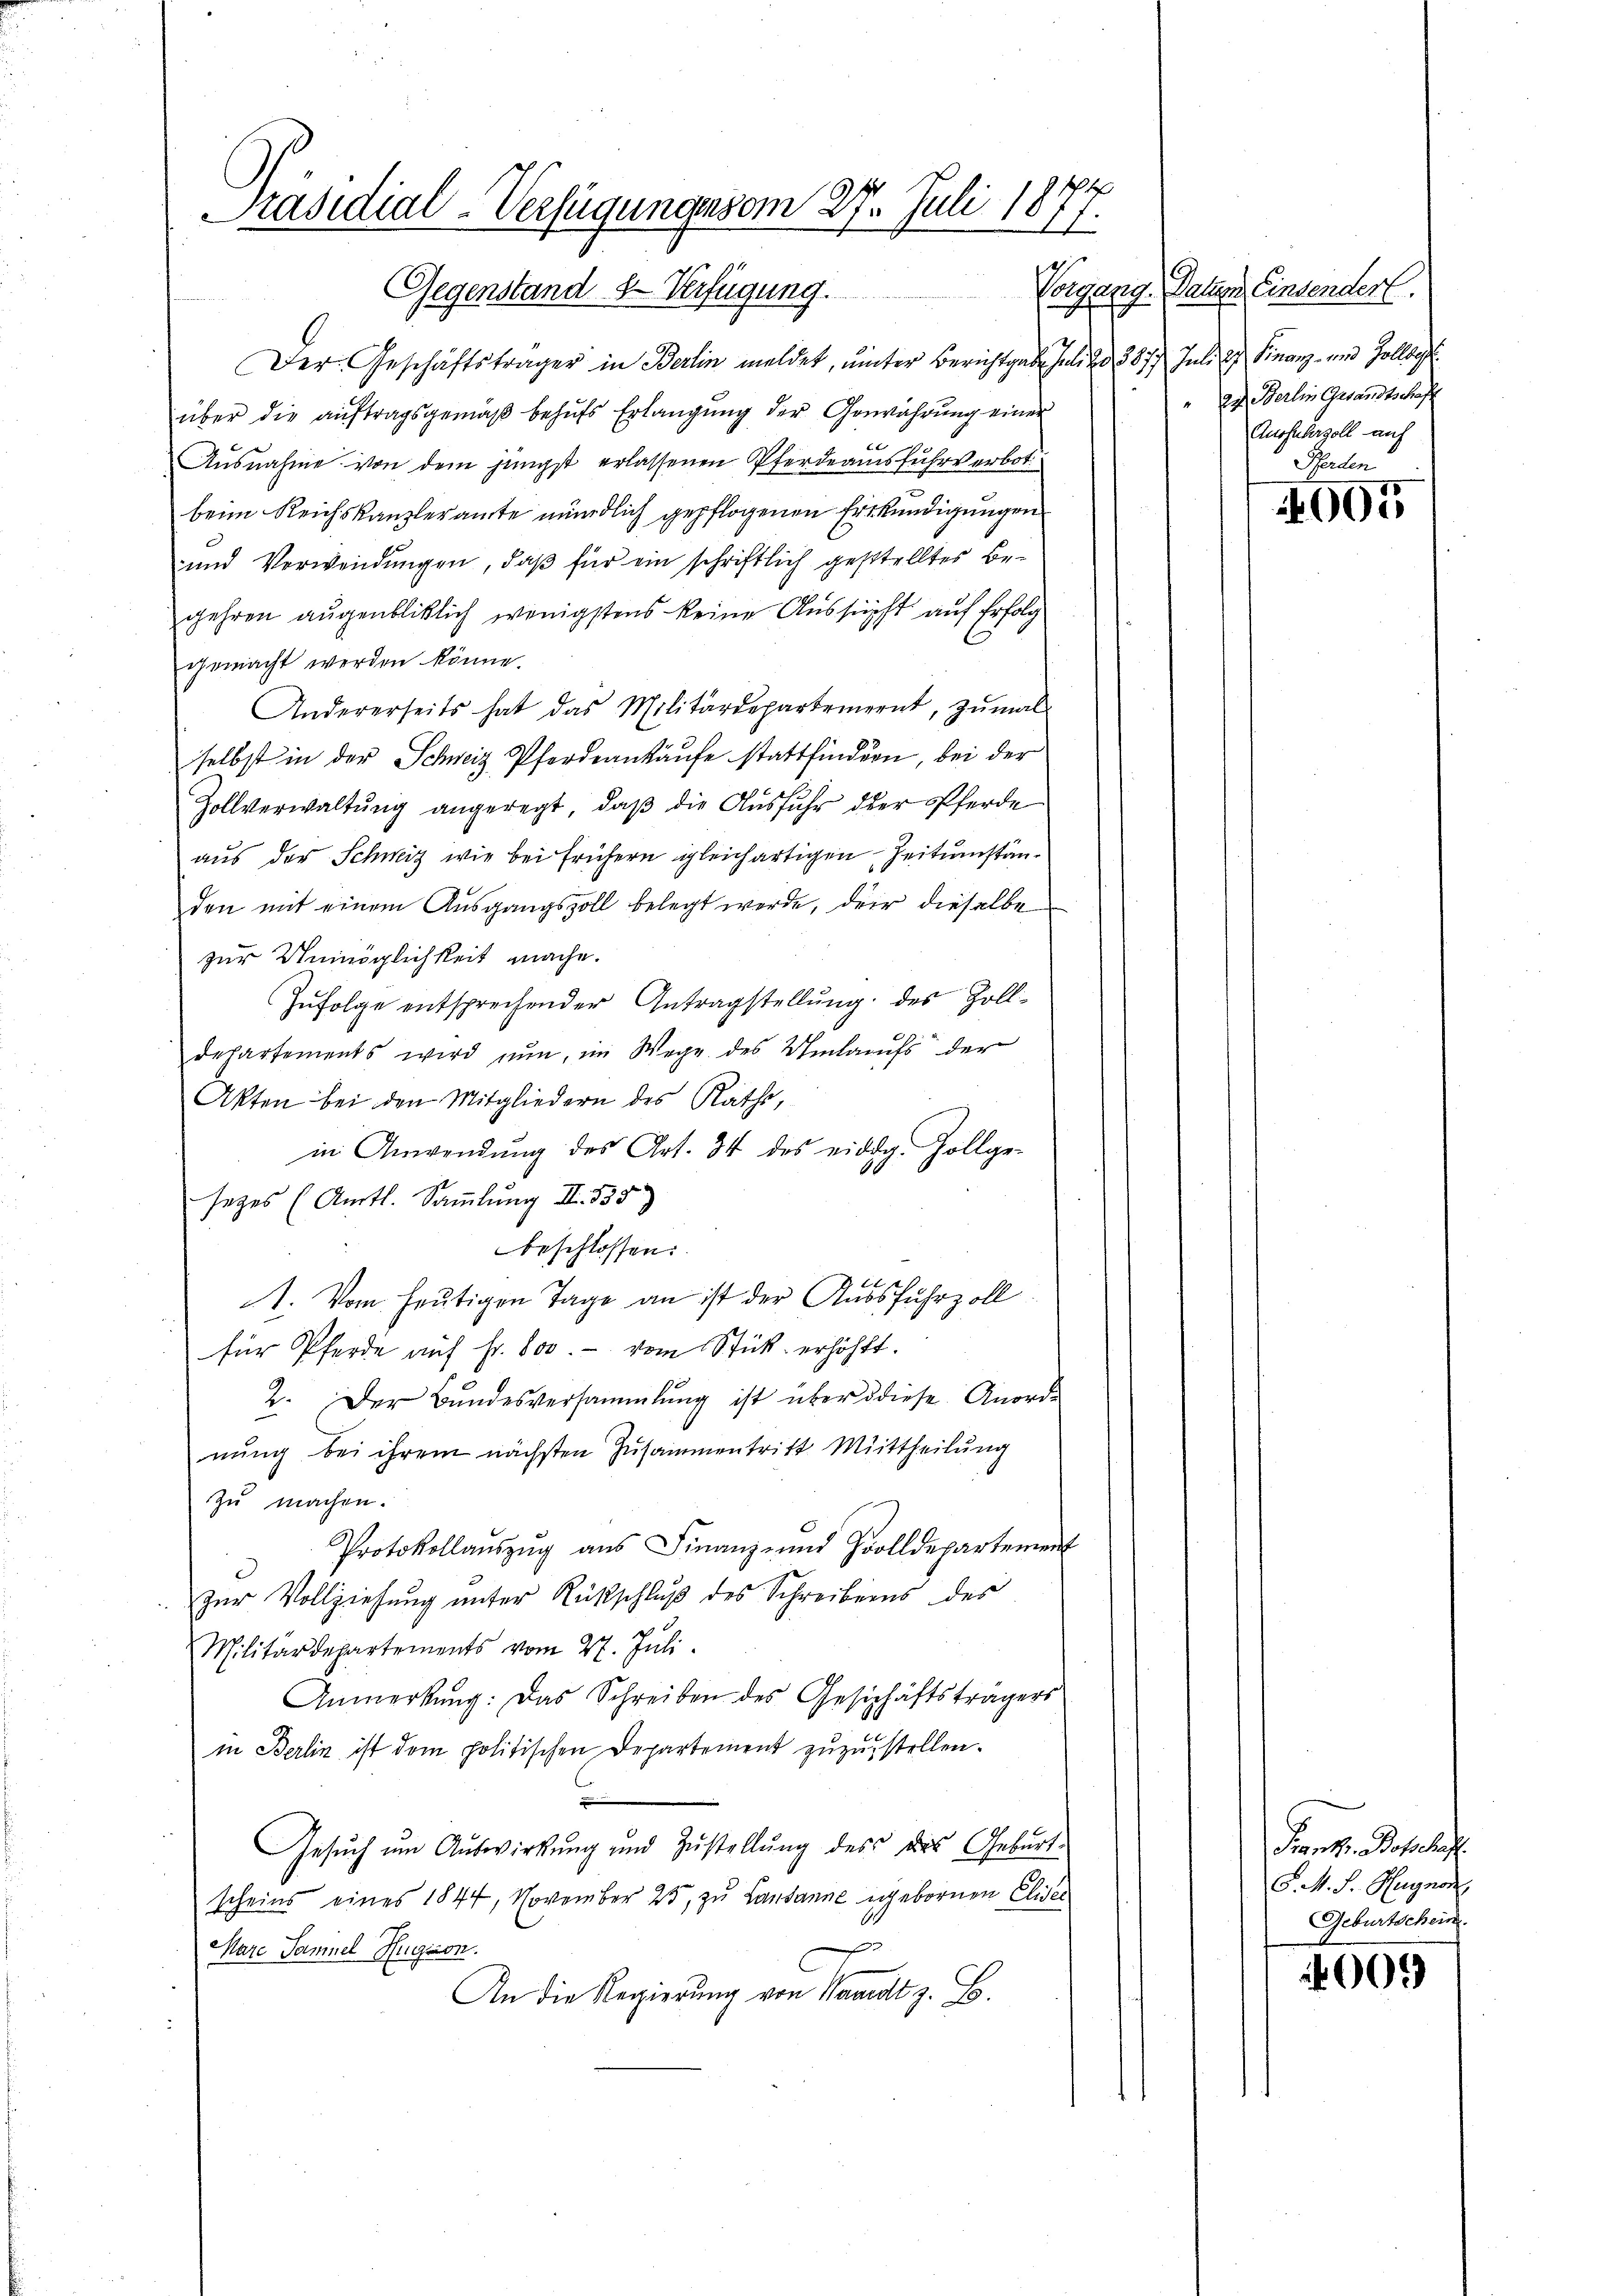
Präsidial-Verfügungen som 27. Juli 1877.
rippe
Gegenstand 8. Verfügung.

Der Geschäftsträger in Berlin meldet, unter Berichtgabe Juli 20. 3877 Juli 2 Finanz- und Zollbeg
über die aŭftragsgemäβ behŭfs Erlangŭng der Gewährŭng einer
Aŭsnahme von dem jüngst erlassenen Pferdeausfuhrverbot
beim Reichskanzleramte mündlich gepflogenen Erkundigungen
und Verwendungen, daß für ein schriftlich gestelltes Begehren augenblicklich wenigstens keine Aussicht auf Erfolg
gemacht werden könne.
Andererseits hat das Militärdepartement, zŭmal
selbst in der Schweiz Pferdeankäufe stattfinden, bei der
Zollverwaltŭng angeregt, daβ die Ausfuhr der Pferde
aus der Schweiz wie bei frühern gleichartigen Zeitumständen mit einem Ausgangszoll belegt werde, der dieselbe
zur Unmöglichkeit mache.
Zufolge entsprechender Antragstellung des Zolldepartements wird nun, im Wege des Umlaufs der
Akten bei den Mitgliedern des Raths,
in Anwendŭng des Art. 34 des eidg. Zollge-
sezes (Aartl. Sammlung II 335)
beschlossen:
1. Vom heutigen Tage an ist der Ausfuhrzoll
für Pferde aŭf Fr. 800. vom Stück erhöht.
2. Der Bŭndesversammlung ist über diese Anord-
nŭng bei ihrem nächsten Zusammentritt Mittheilung
zu machen.
Protokollaŭszŭg aŭs Finanz- und Zolldepartement
Zŭr Vollziehŭng ŭnter Rückschlŭβ des Schreibens des
Militärdepartements vom 27. Juli
Anmerkŭng: Das Schreiben des Geschäftsträgers
in Berlin ist dem politischen Departement zuzustellen.

Gesŭch ŭm Aŭswirkung und Zŭstellŭng des des Geburt
scheins eines 1844, November 25, zu Lausanne gebornen Eliser
J
Mare Samuel Rugision.
An die Regierung von Waadt z. B.

Datum Einsender.
" 2. Berlin Gesandtschaft
Ausfuhrzoll auf
Pferden

005

Fient. Boschuf.
S. M. J. Gugnor
Geburtschein.

4009